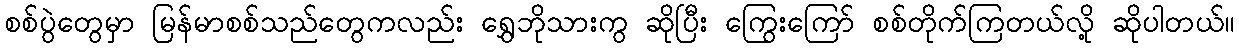
စစ်ပွဲတွေမှာ မြန်မာစစ်သည်တွေကလည်း ရွှေဘိုသားကွ ဆိုပြီး ကြွေးကြော် စစ်တိုက်ကြတယ်လို့ ဆိုပါတယ်။